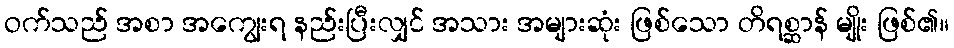
ဝက်သည် အစာ အကျွေးရ နည်းပြီးလျှင် အသား အများဆုံး ဖြစ်သော တိရစ္ဆာန် မျိုး ဖြစ်၏။